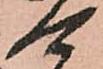
可